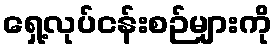
ရှေ့လုပ်ငန်းစဉ်များကို